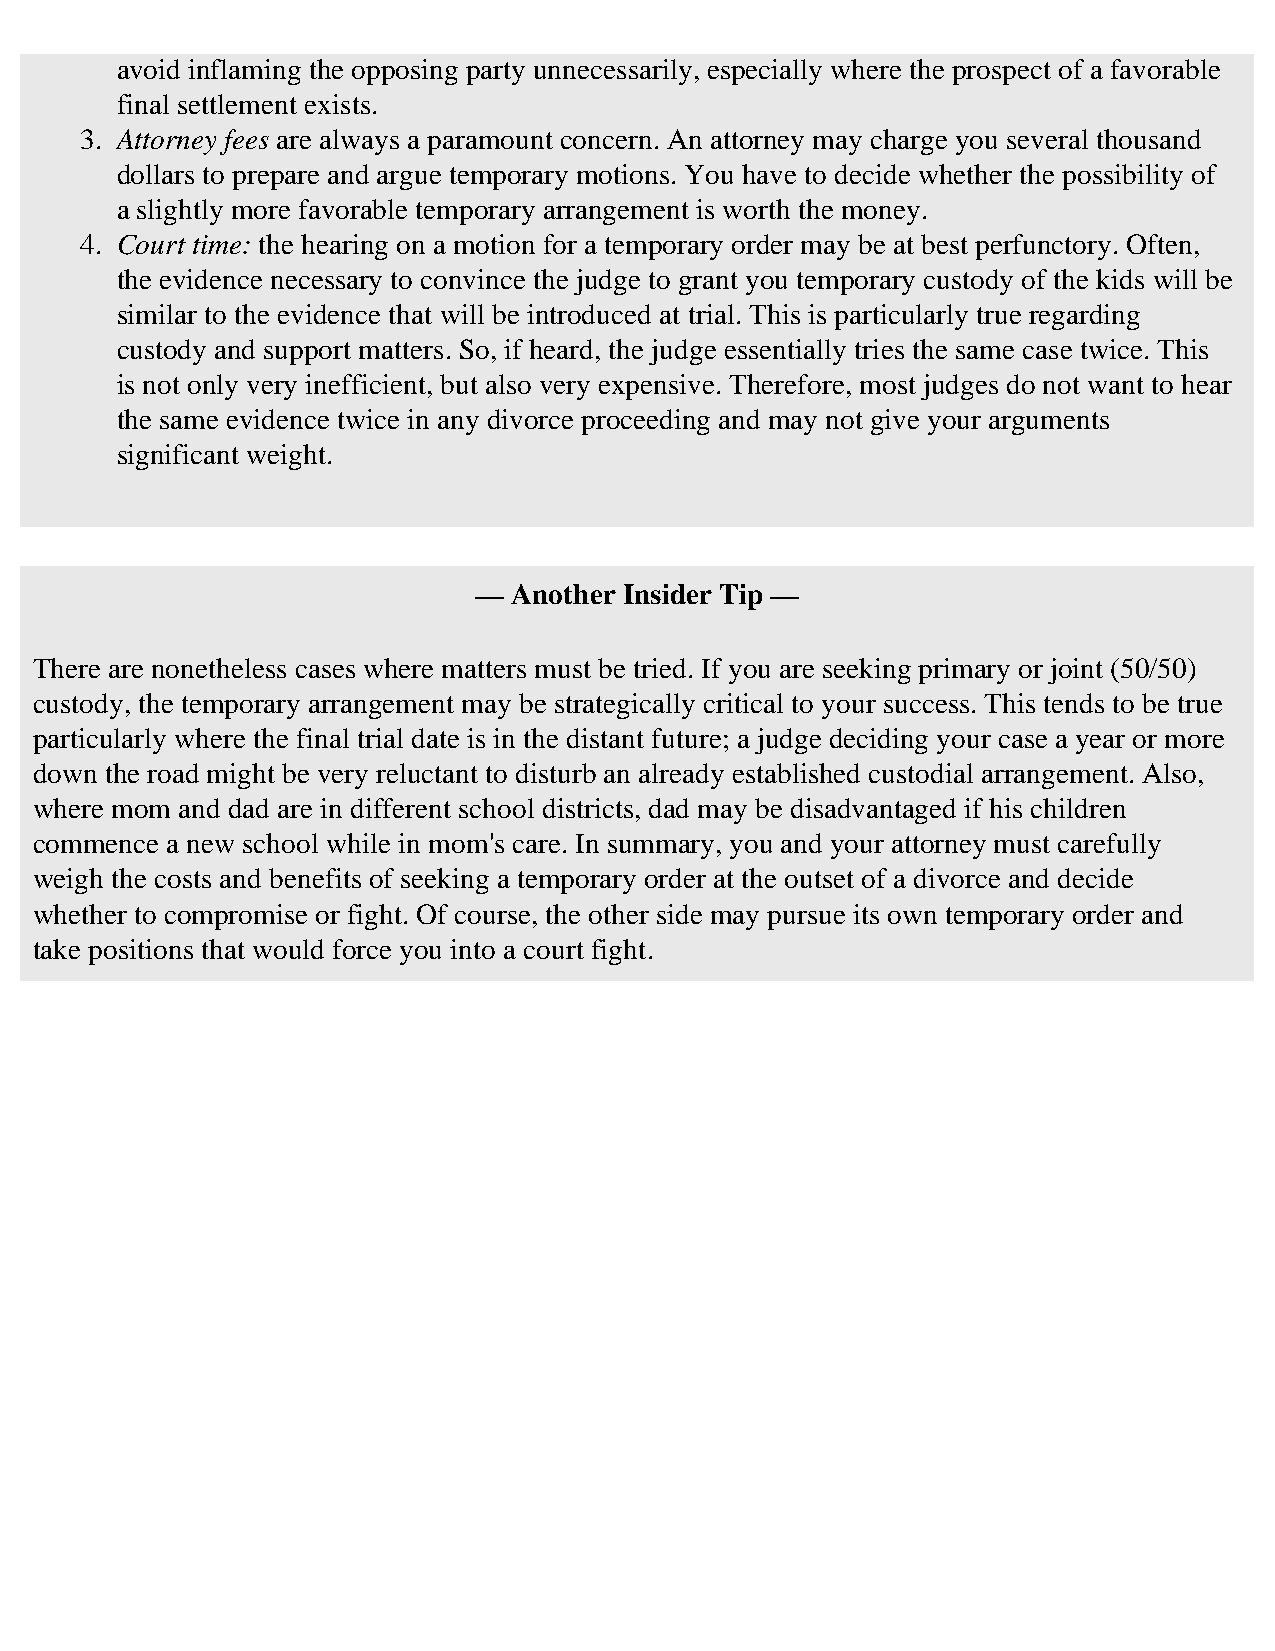
avoid inflaming the opposing party unnecessarily, especially where the prospect of a favorable
 final settlement exists.
 3. Attorney fees are always a paramount concern. An attorney may charge you several thousand
 dollars to prepare and argue temporary motions. You have to decide whether the possibility of
 a slightly more favorable temporary arrangement is worth the money.
 4. Court time: the hearing on a motion for a temporary order may be at best perfunctory. Often,
 the evidence necessary to convince the judge to grant you temporary custody of the kids will be
 similar to the evidence that will be introduced at trial. This is particularly true regarding
 custody and support matters. So, if heard, the judge essentially tries the same case twice. This
 is not only very inefficient, but also very expensive. Therefore, most judges do not want to hear
 the same evidence twice in any divorce proceeding and may not give your arguments
 significant weight.
 —  Another Insider Tip —
 There are nonetheless cases where matters must be tried. If you are seeking primary or joint (50/50)
 custody, the temporary arrangement may be strategically critical to your success. This tends to be true
 particularly where the final trial date is in the distant future; a judge deciding your case a year or more
 down the road might be very reluctant to disturb an already established custodial arrangement. Also,
 where mom and dad are in different school districts, dad may be disadvantaged if his children
 commence a new school while in mom's care. In summary, you and your attorney must carefully
 weigh the costs and benefits of seeking a temporary order at the outset of a divorce and decide
 whether to compromise or fight. Of course, the other side may pursue its own temporary order and
 take positions that would force you into a court fight.